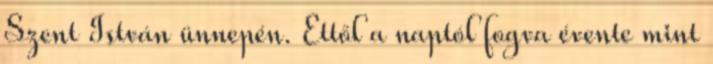
Szent István ünnepén. Ettől a naptól fogva évente mint